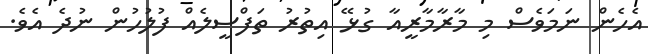
އެހެން ނަމަވެސް މި މާރާމާރީއާ ގުޅޭ އިތުރު ތަފްސީލެއް ފުލުހުން ނުދެ އެވެ.